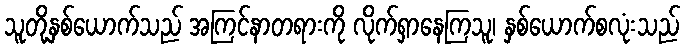
သူတို့နှစ်ယောက်သည် အကြင်နာတရားကို လိုက်ရှာနေကြသူ၊ နှစ်ယောက်စလုံးသည်